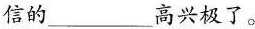
信的___高兴极了。